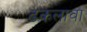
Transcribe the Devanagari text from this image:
ढकलावा